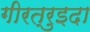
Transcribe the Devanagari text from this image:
गीरत्रुइदा